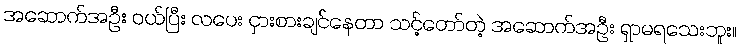
အဆောက်အဦး ဝယ်ပြီး လပေး ငှားစားချင်နေတာ သင့်တော်တဲ့ အဆောက်အဦး ရှာမရသေးဘူး။